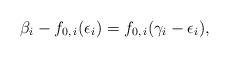
LaTeX: \begin{align*}\beta_i - f_{0,\,i}(\epsilon_i) = f_{0,\,i}(\gamma_i - \epsilon_i),\end{align*}